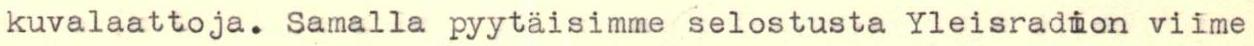
kuvalaattoja. Samalla pyytäisimme selostusta Yleisradion viime